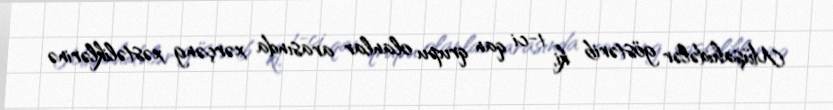
Müşahidələr göstərib ki, 1-ci qan qrupu olanlar arasında xərçəng xəstəliklərinə